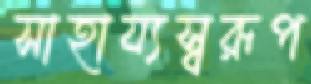
সাহায্যস্বরূপ